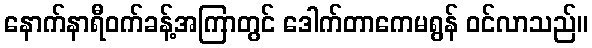
နောက်နာရီဝက်ခန့်အကြာတွင် ဒေါက်တာကေမရွန် ဝင်လာသည်။